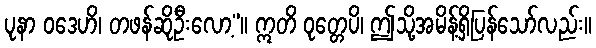
ပုနာ ဝဒေဟိ၊ တဖန်ဆိုဦးလော့”။ ဣတိ ဝုတ္တေပိ၊ ဤသို့အမိန့်ရှိပြန်သော်လည်း။